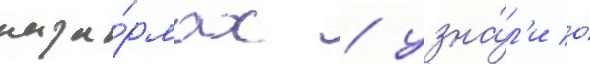
каза́рмах / узна́л'и о́